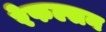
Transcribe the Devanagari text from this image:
रेफल्सन